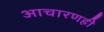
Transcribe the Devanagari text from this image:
आचारणही